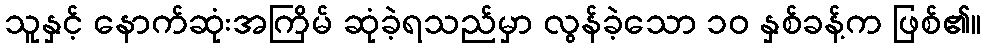
သူနှင့် နောက်ဆုံးအကြိမ် ဆုံခဲ့ရသည်မှာ လွန်ခဲ့သော ၁၀ နှစ်ခန့်က ဖြစ်၏။